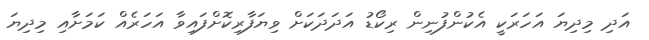
އަދި މިދިޔަ އަހަރަކީ އެކުންފުނިން ރިކޯޑު އަދަދަކަށް ވިޔަފާރިކޮށްފައިވާ އަހަރެއް ކަމަށާއި މިދިޔަ